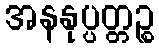
အနနုပ္ပတ္တဉ္စ